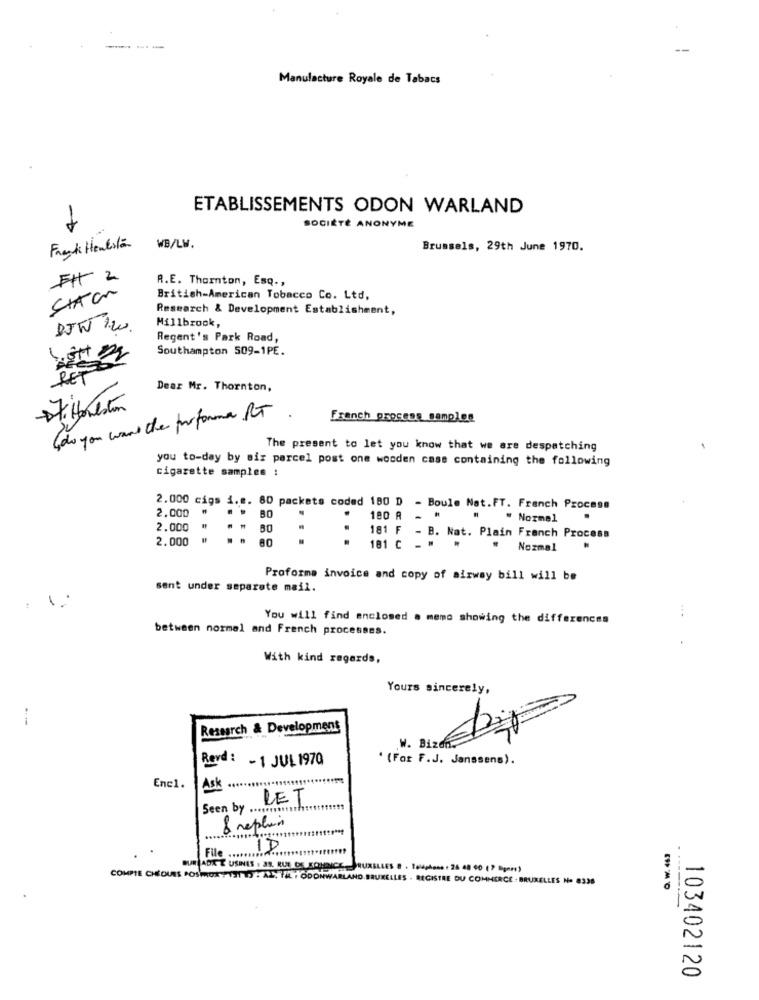
--
Manufacture Royale de Tabacs
ETABLISSEMENTS ODON WARLAND
SOCIÉTÉ ANONYME
Frank Henlisten
WB/LW.
Brussels, 29th June 1970.
## 2
R.E. Thornton, Esq .,
British-American Tobacco Co. Ltd.
Research & Development Establishment,
Millbrook,
DJW 120.
Regent's Park Road,
Southampton 509-1PE.
Dear Mr. Thornton,
DI. Honeston
Goo you want the proforma RT.
French process samples
The present to let you know that we are despatching
you to-day by siz parcel post one wooden case containing the following
cigarette samples :
2.000 cigs i.e. 80 packets coded 180 D - Boule Nat.FT. French Process
2.000
.
180 A -
" Normal
.
2.000
2.000
..
181 F - B. Nat. Plain Franch Process
.
181 C - .
.
Nozmal
Proforma invoice and copy of airway bill will be
sent under separate mail.
You will find enclosed . memo showing the differences
between normal and French processes.
With kind regards,
Yours sincerely,
Research & Development
W. BizeR
Revd: - 1 JUL 1970
' (For F.J. Janssens).
Enel.
Ask
LET
Seen by .......... th
8 repliin
ID
File ............
BURADA E USINES . JS. RUS OS SOLICE
COMPTE CHIQUES POSPORT ISTIS : AL. TA
AND.BRUXELLES . REGISTRE DU COMMERCE : BRUXELLES No 0336
103402120